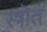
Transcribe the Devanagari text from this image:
स्त्रॊत